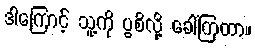
ဒါကြောင့် သူ့ကို ပွစိလို့ ခေါ်ကြတာ။